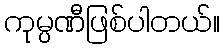
ကုမ္ပဏီဖြစ်ပါတယ်။